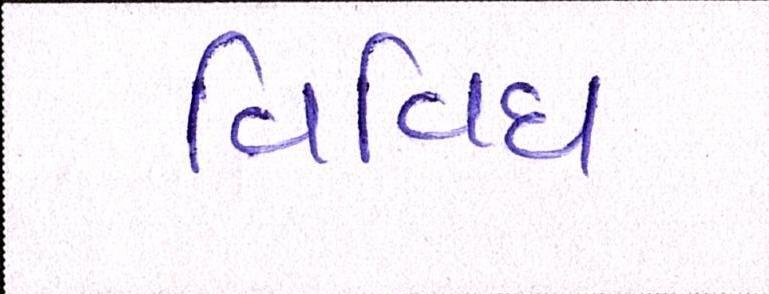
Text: વિવિધ